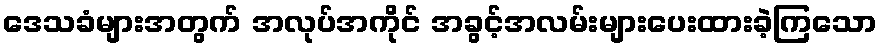
ဒေသခံများအတွက် အလုပ်အကိုင် အခွင့်အလမ်းများပေးထားခဲ့ကြသော